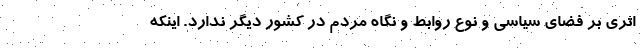
اثری بر فضای سیاسی و نوع روابط و نگاه مردم در کشور دیگر ندارد. اینکه